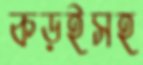
কড়ইসহ